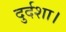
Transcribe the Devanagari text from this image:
दुर्दशा।